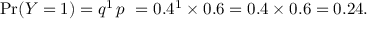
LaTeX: \operatorname* { P r } ( Y = 1 ) = q ^ { 1 } \, p \ = 0 . 4 ^ { 1 } \times 0 . 6 = 0 . 4 \times 0 . 6 = 0 . 2 4 .